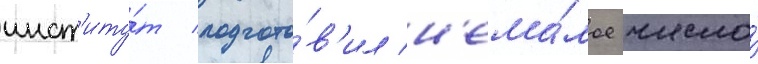
инст'иту́т подгото́в'ил н'ема́лое число́